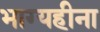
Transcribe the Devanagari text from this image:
भाग्यहीना